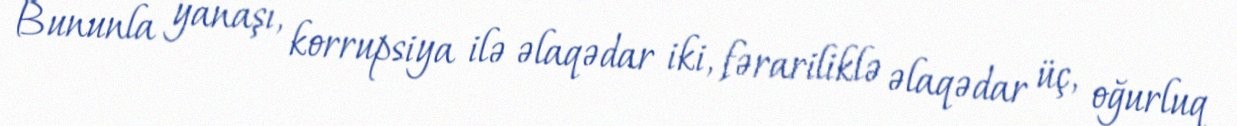
Bununla yanaşı, korrupsiya ilə əlaqədar iki, fərariliklə əlaqədar üç, oğurluq